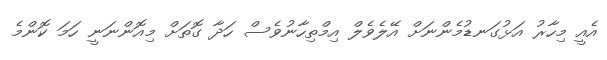
އެއީ މިހާރު އަޅުގަނޑުމެންނަށް އޭލެވެލް އިމްތިހާނުވެސް ހަދާ ގޮތަށް މިއޮންނަނީ ހަމަ ކޮންމެ